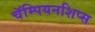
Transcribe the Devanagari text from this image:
चॅम्पियनशिप्स